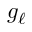
g _ { \ell }